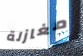
مغازلة